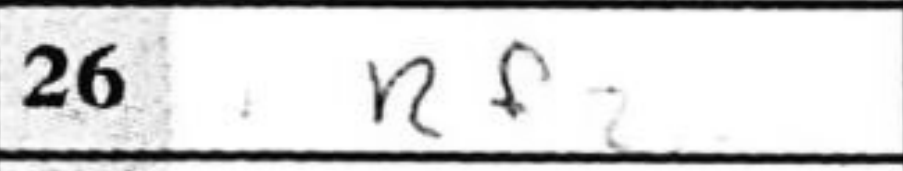
Transcription: Rf2